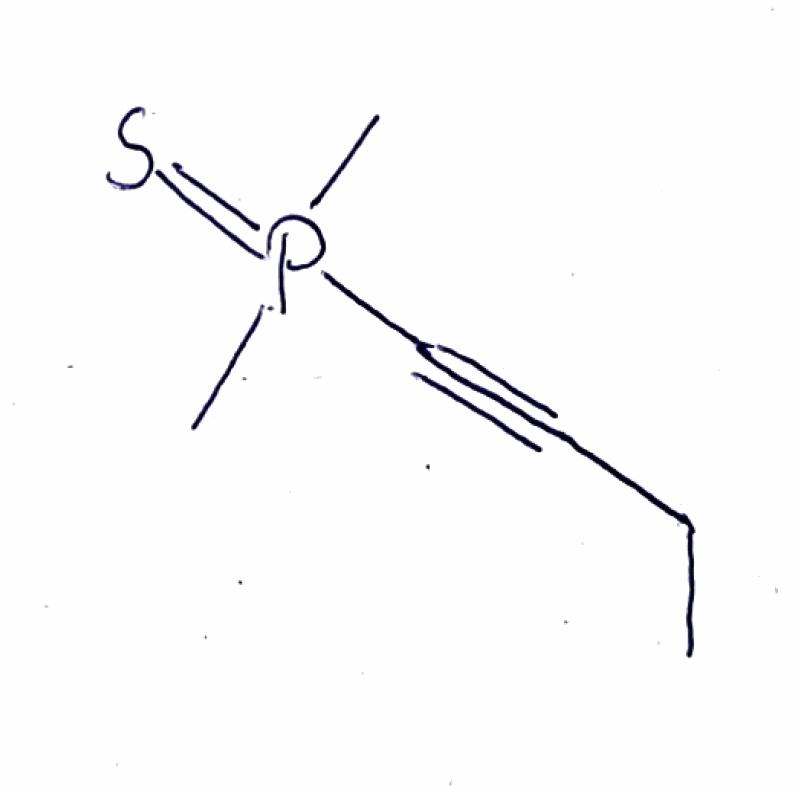
Simplified molecular-input line-entry system (SMILES) notation of the given molecule:
CCC#CP(=S)(C)C